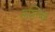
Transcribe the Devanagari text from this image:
मस्‍तिष्‍क